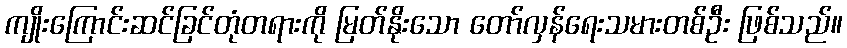
ကျိုးကြောင်းဆင်ခြင်တုံတရားကို မြတ်နိုးသော တော်လှန်ရေးသမားတစ်ဦး ဖြစ်သည်။